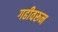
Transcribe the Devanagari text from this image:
गढीवरून